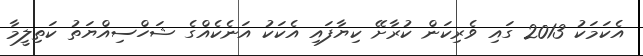
އެކަމަކު 2013 ގައި ވެރިކަން ކުރާށޭ ކިޔާފައި އެކަކު އަނެކެއްގެ ޝަހްސިއްޔަތު ކަތިލީމާ